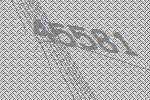
45581